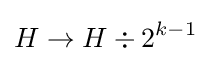
H\rightarrow H\div 2^{k-1}